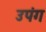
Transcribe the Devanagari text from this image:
उपंग